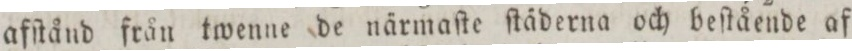
afſtånd från twenne de närmaſte ſtäderna och beſtående af